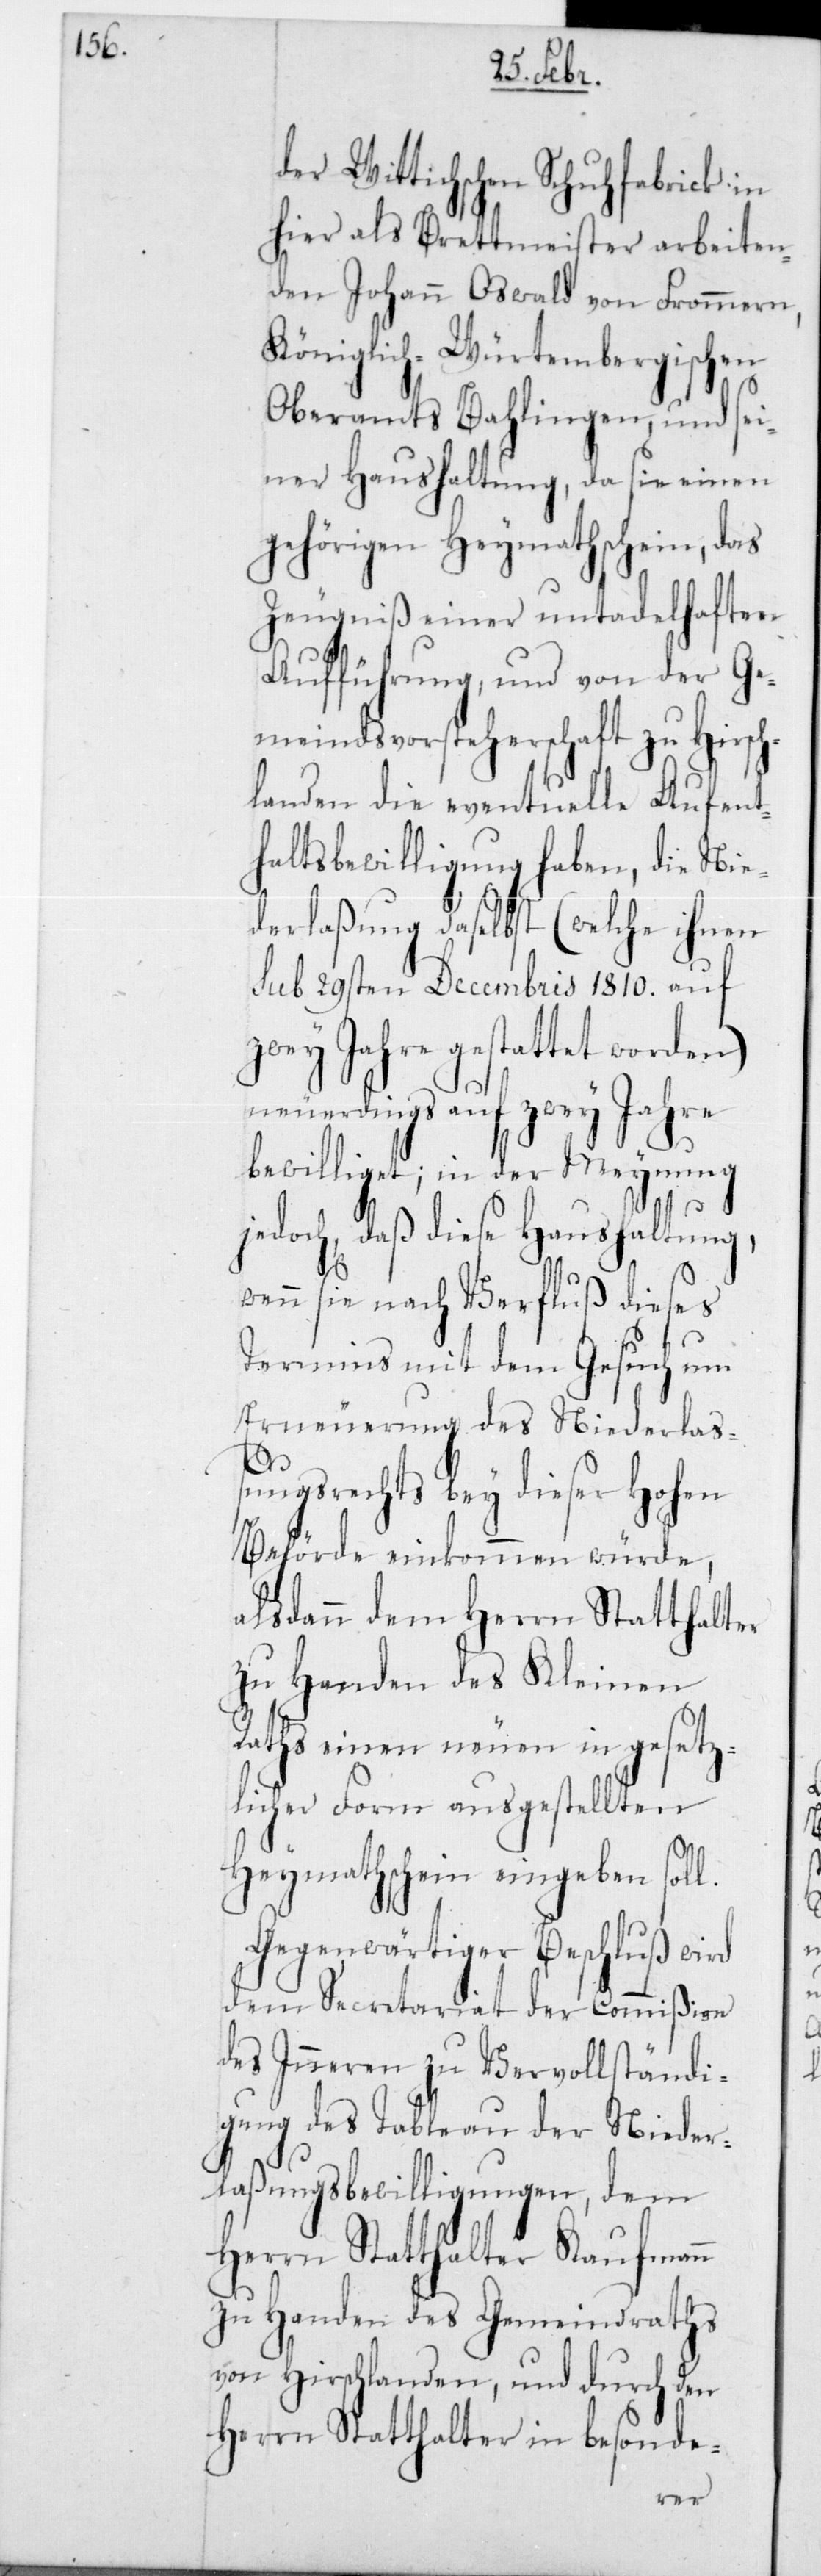
der Wittichschen Schuhfabrick in
hier als Brettmeister arbeiten¬
den Johann Oswald von Frommern,
Königlich-Würtembergischen
Oberamts Bahlingen, und sei¬
ner Haushaltung, da sie einen
gehörigen Heymathschein, das
Zeugniß einer untadelhaften
Aufführung, und von der G¬
emeindsvorsteherschaft zu Hirsc¬
hlanden die eventuelle Aufen¬
thaltsbewilligung haben, die Nie¬
derlaßung daselbst (welche ihnen
sub 29sten Decembris 1810 auf
zwey Jahre gestattet worden)
neuerdings auf zwey Jahre
bewilliget; in der Meynung
jedoch, daß diese Haushaltung,
wenn sie nach Verfluß dieses
Termins mit dem Gesuch um
Erneuerung des Niederlaß¬
ungsrechts bey dieser Hohen
Behörde einkommen würde,
alsdann dem Herrn Statthalter
zu Handen des Kleinen
Raths einen neuen in gesetz¬
licher Form ausgestellten
Heymathschein eingeben soll.
Gegenwärtiger Beschluß wird
dem Secretariat der Commißion
des Innern zu Vervollständi¬
gung des Tableau der Nieder¬
laßungsbewilligungen, dem
Herrn Statthalter Kaufmann
zu Handen des Gemeindraths
von Hirschlanden, und durch den
Herrn Statthalter in besonde-